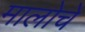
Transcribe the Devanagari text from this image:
मालोचे